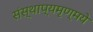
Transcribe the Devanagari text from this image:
संस्थाप्यमृण्मये